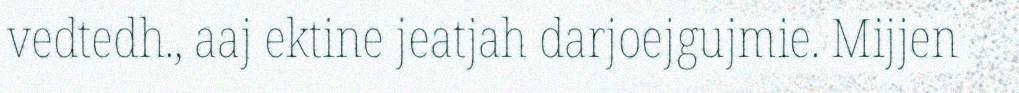
vedtedh., aaj ektine jeatjah darjoejgujmie. Mijjen